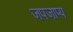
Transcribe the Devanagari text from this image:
जपजाप्य